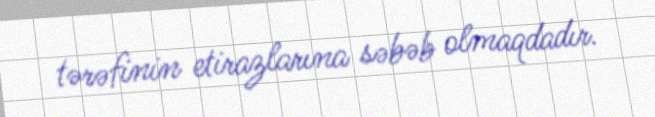
tərəfinin etirazlarına səbəb olmaqdadır.